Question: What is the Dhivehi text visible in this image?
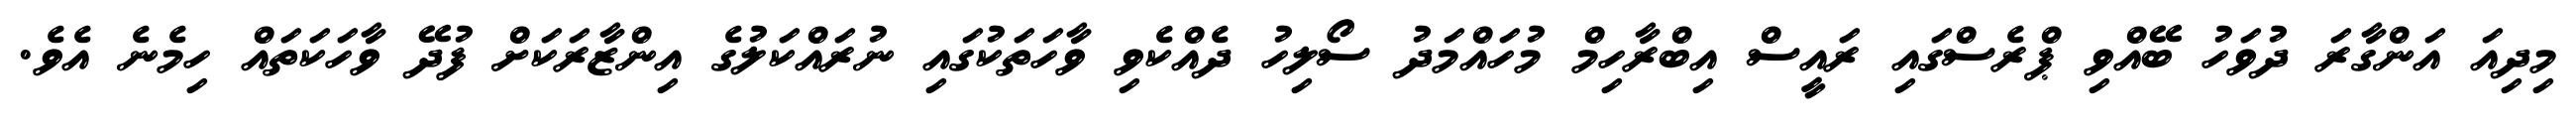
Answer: މިދިއަ އަންގާރަ ދުވަހު ބޭއްވި ޕްރެސްގައި ރައީސް އިބްރާހިމް މުހައްމަދު ސޯލިހު ދެއްކެވި ވާހަތަކުގައި ނުރައްކަލުގެ އިންޒާރަކަށް ފުދޭ ވާހަކަތައް ހިމެނެ އެވެ.